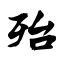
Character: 殆